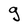
Character: g